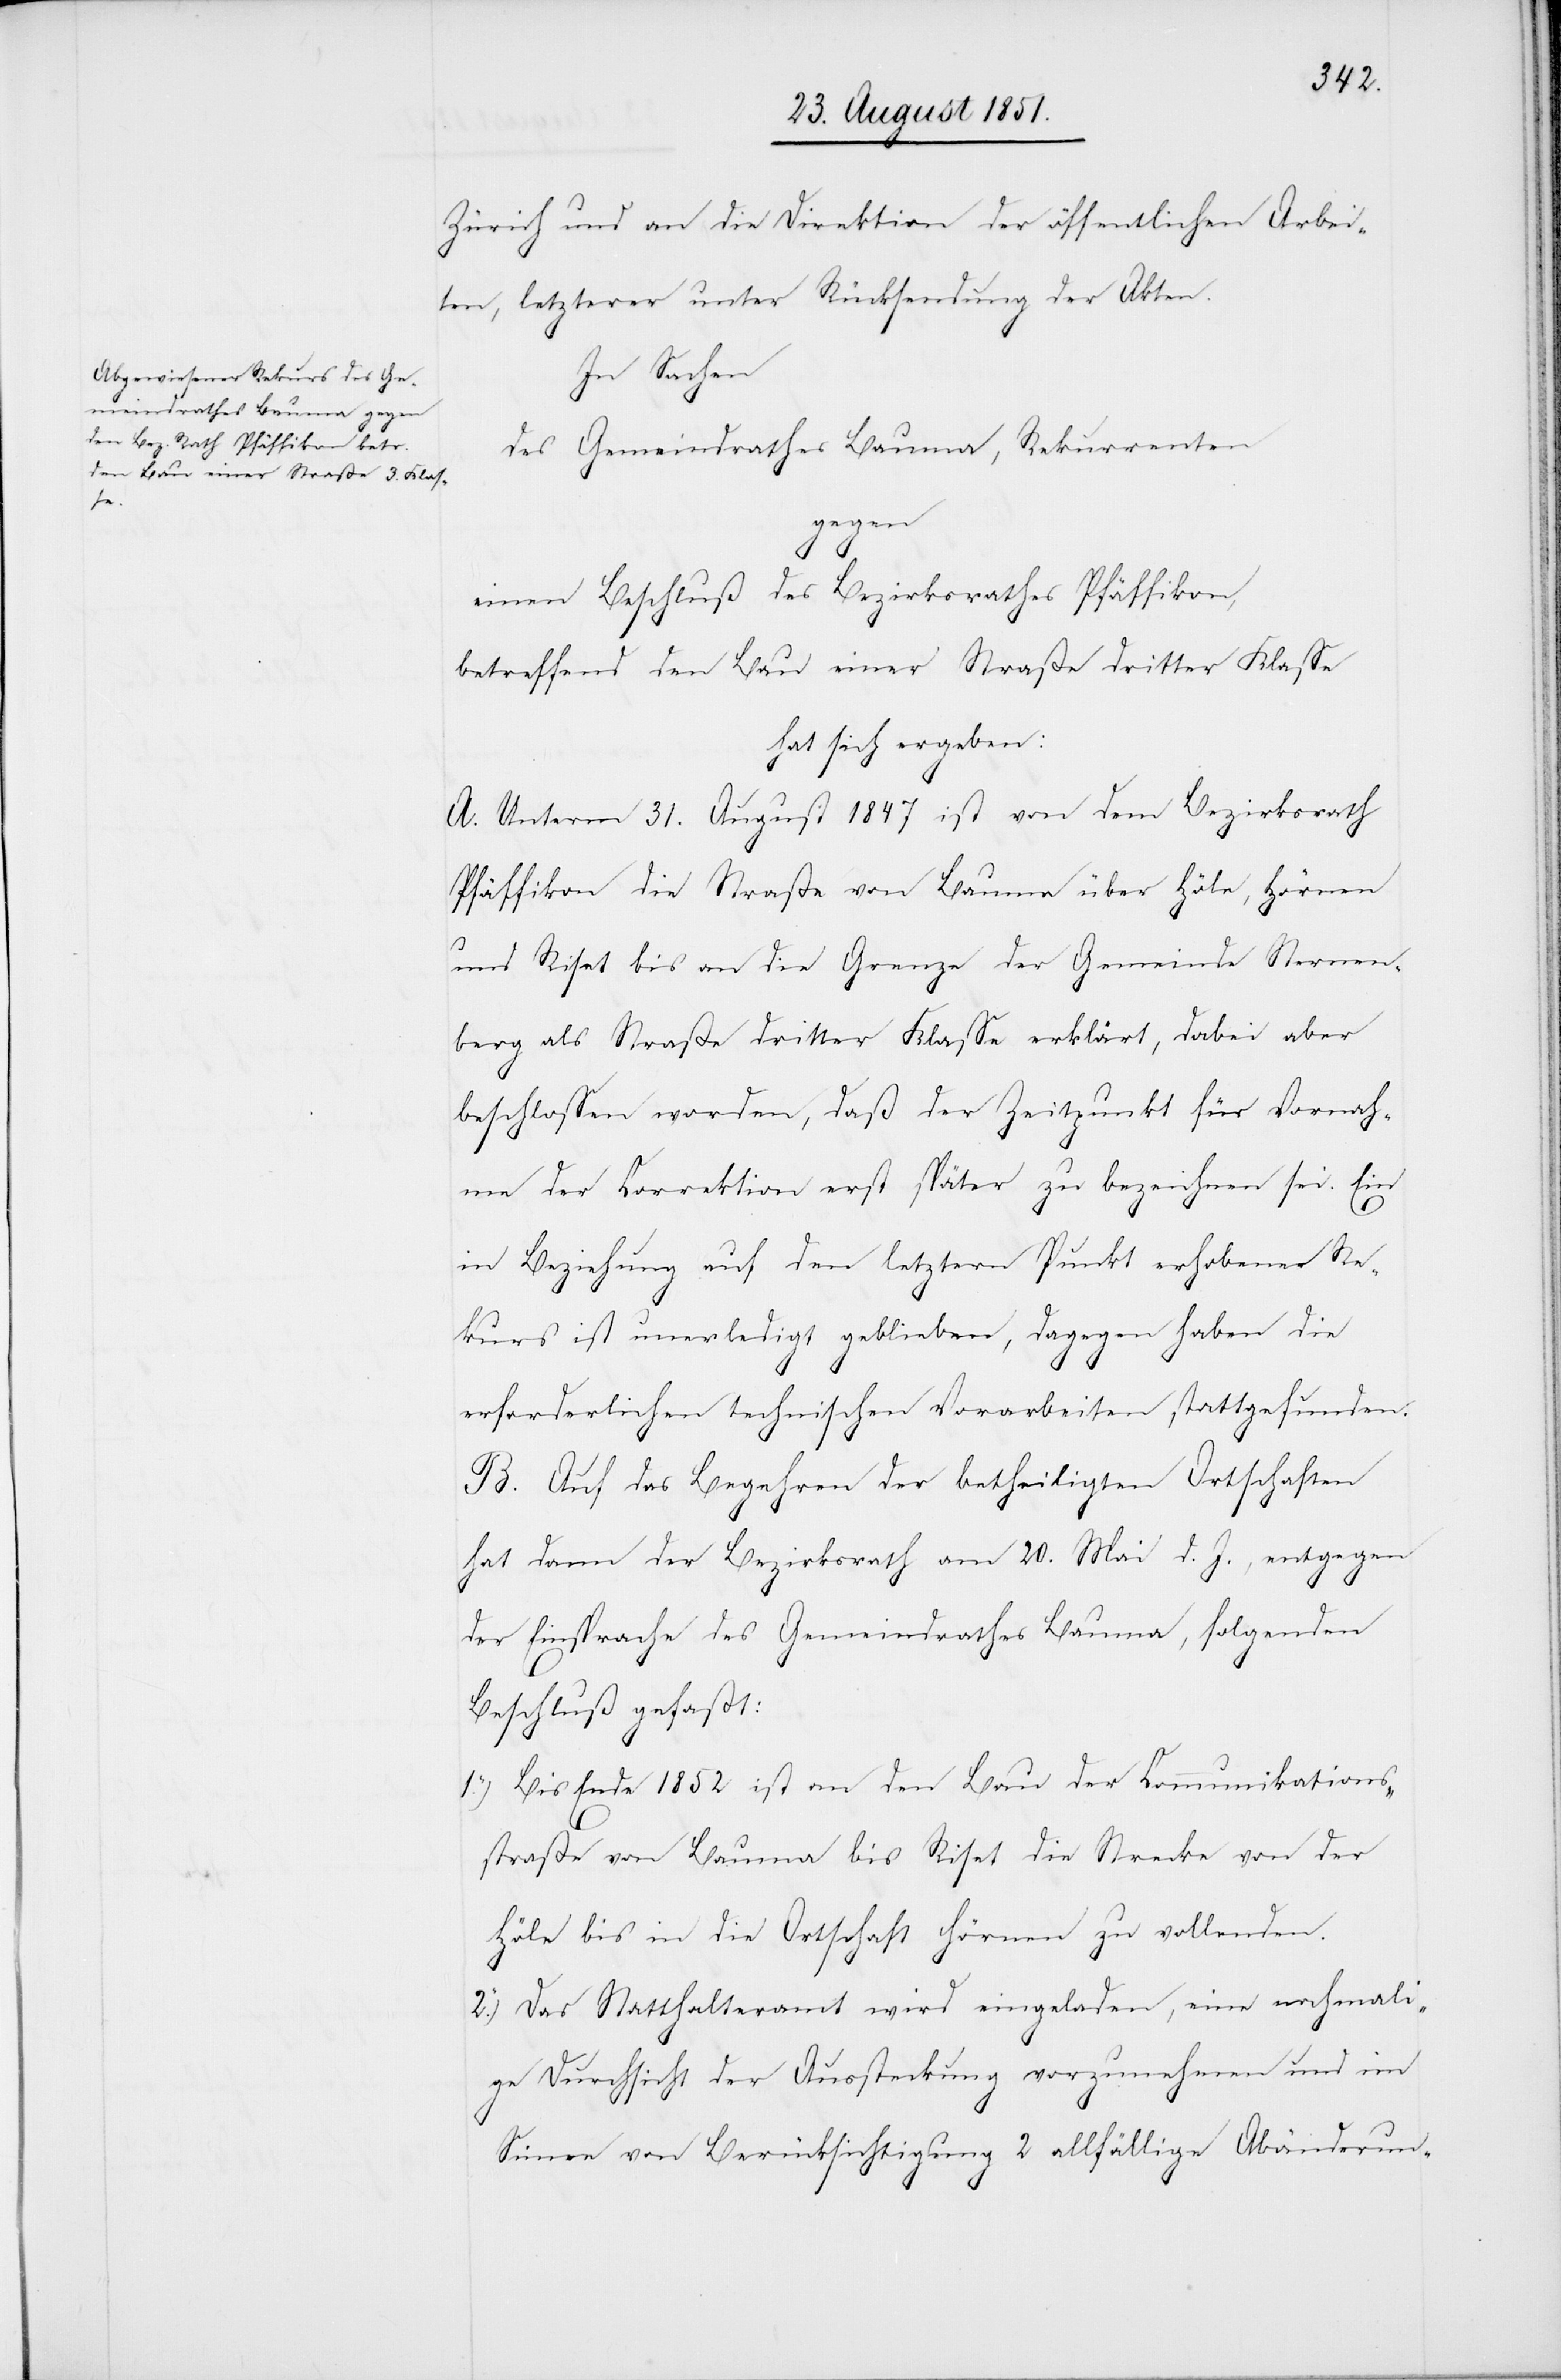
Zürich und an die Direktion der öffentlichen Arbei¬
ten, letzterer unter Rücksendung der Akten.
In Sachen
des Gemeindrathes Bauma, Rekurrenten
gegen
einen Beschluß des Bezirksrathes Pfäffikon,
betreffend den Bau einer Straße dritter Klasse
hat sich ergeben:
A. Unterm 31. August 1847 ist von dem Bezirksrath
Pfäffikon die Straße von Bauma über Höle, Hörnen
und Riset bis an die Grenze der Gemeinde Sternen¬
berg als Straße dritter Klasse erklärt, dabei aber
beschlossen worden, daß der Zeitpunkt für Vornah¬
me der Correktion erst später zu bezeichnen sei. Ein
in Beziehung auf den letztern Punkt erhobener Re¬
kurs ist unerledigt geblieben, dagegen haben die
erforderlichen technischen Vorarbeiten stattgefunden.
B. Auf das Begehren der betheiligten Ortschaften
hat dann der Bezirksrath am 20. Mai d. J., entgegen
1.)
der Einsprache des Gemeindrathes Bauma, folgenden
Beschluß gefaßt:
Bis Ende 1852 ist an den Bau der Communikations¬
straße von Bauma bis Riset die Strecke von der
Höle bis in die Ortschaft Hörnen zu vollenden.
Das Statthalteramt wird eingeladen, eine nochmali¬
ge Durchsicht der Aussteckung vorzunehmen und im
Sinne von Berücksichtigung 2 allfällige Abänderun-